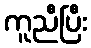
ကူညီပြီး